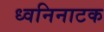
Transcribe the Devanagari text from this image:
ध्वनिनाटक